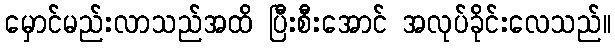
မှောင်မည်းလာသည်အထိ ပြီးစီးအောင် အလုပ်ခိုင်းလေသည်။